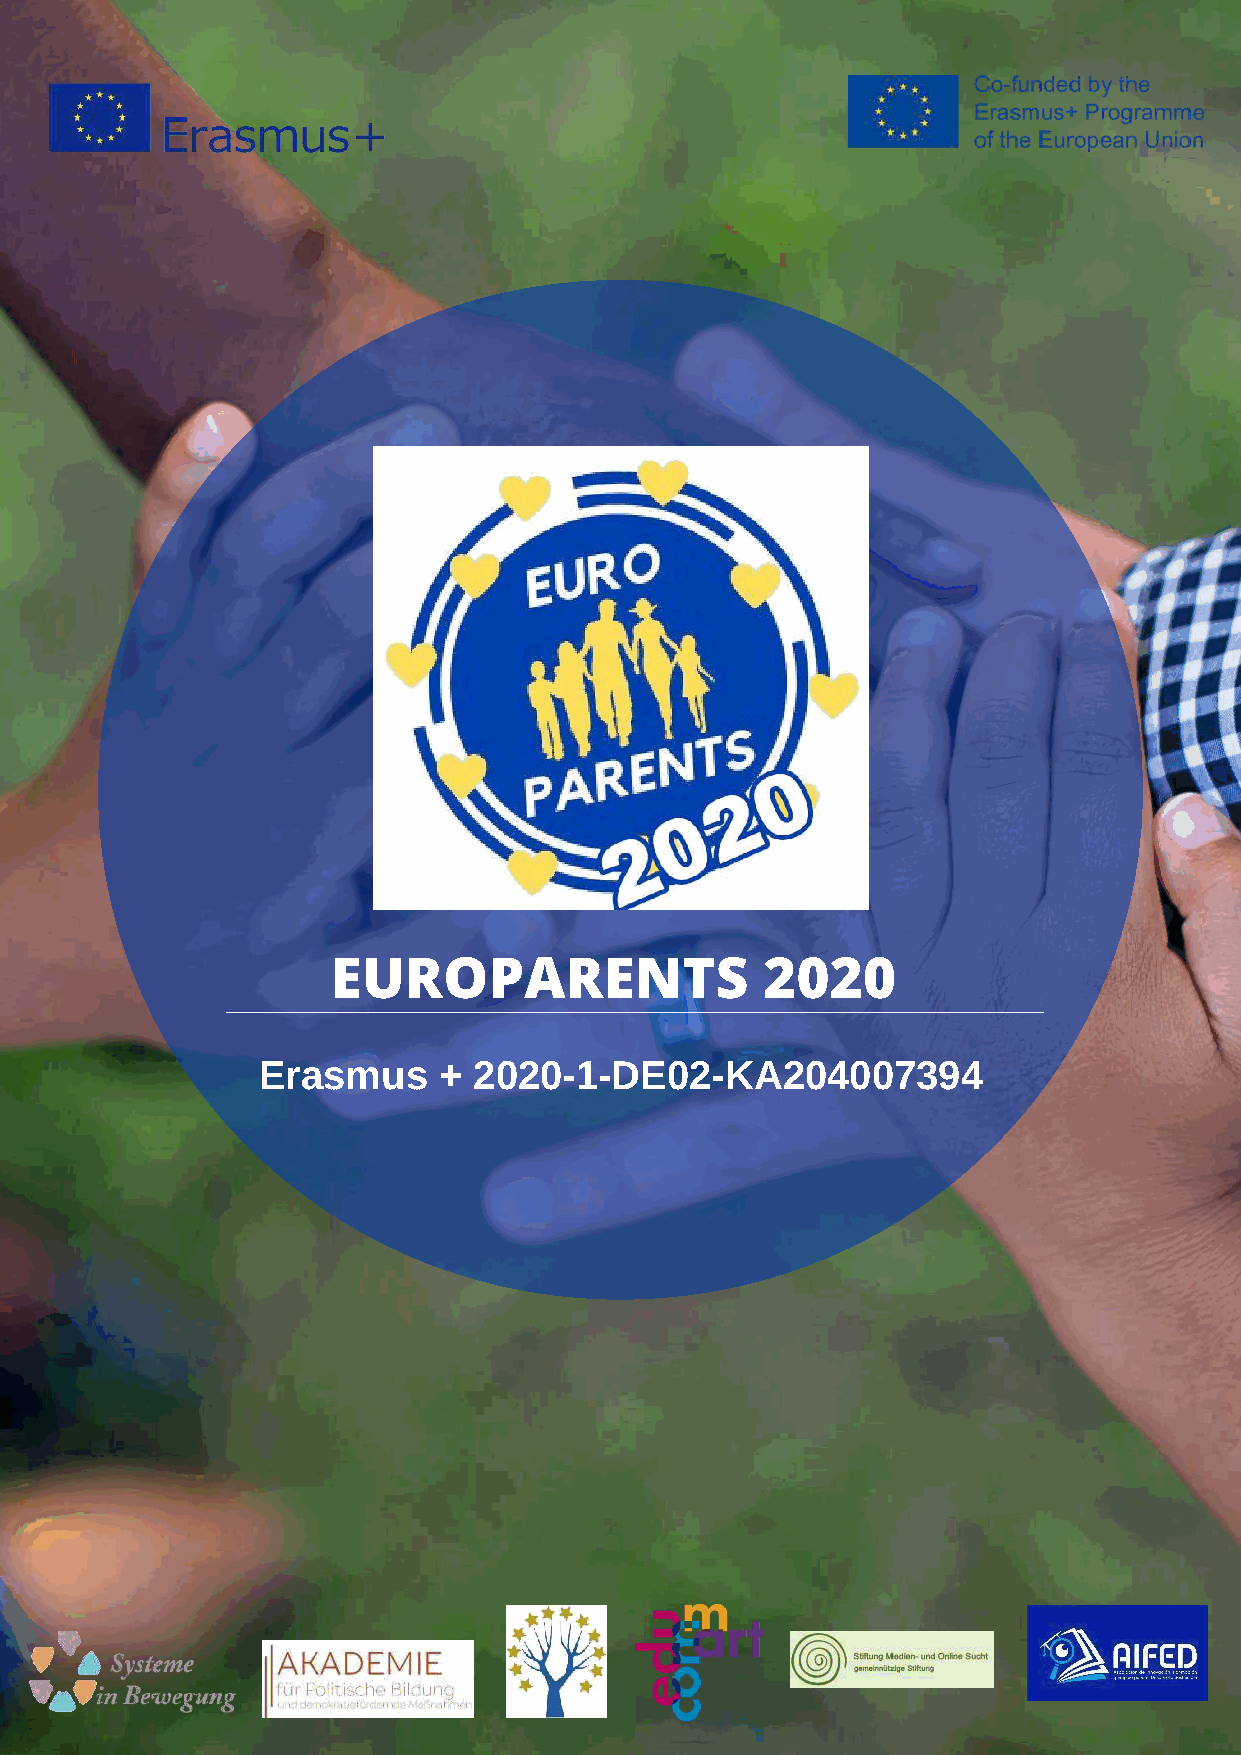
EUROPARENTS                  2020
 Erasmus     + 2020-1-DE02-KA204007394